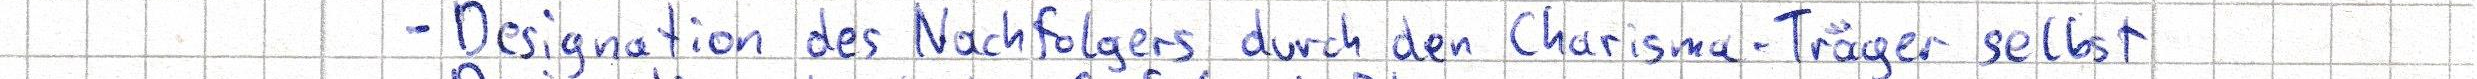
- Designation des Nachfolgers durch den Charisma-Träger selbst